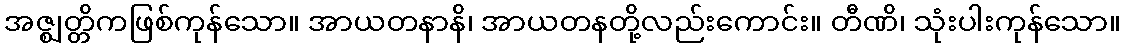
အဇ္ဈတ္တိကဖြစ်ကုန်သော။ အာယတနာနိ၊ အာယတနတို့လည်းကောင်း။ တီဏိ၊ သုံးပါးကုန်သော။